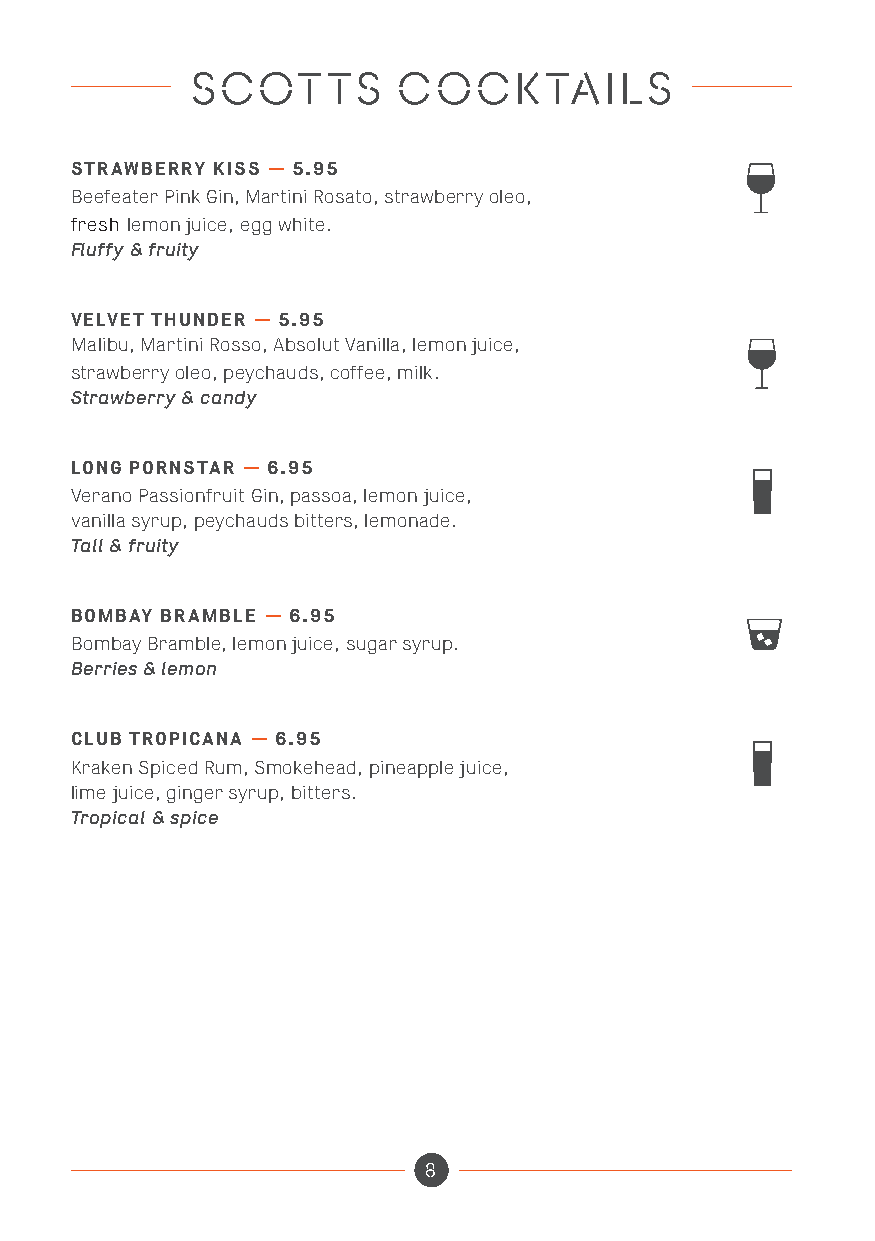
SCOTTS       COCKTAILS
 STRAWBERRY KISS — 5.95
 Beefeater Pink Gin, Martini Rosato, strawberry oleo,
 fresh lemon juice, egg white.
 Fluffy & fruity
 VELVET THUNDER — 5.95
 Malibu, Martini Rosso, Absolut Vanilla, lemon juice,
 strawberry oleo, peychauds, coffee, milk.
 Strawberry & candy
 LONG PORNSTAR — 6.95
 Verano Passionfruit Gin, passoa, lemon juice,
 vanilla syrup, peychauds bitters, lemonade.
 Tall & fruity
 BOMBAY BRAMBLE — 6.95
 Bombay Bramble, lemon juice, sugar syrup.
 Berries & lemon
 CLUB TROPICANA — 6.95
 Kraken Spiced Rum, Smokehead, pineapple juice,
 lime juice, ginger syrup, bitters.
 Tropical & spice
 8